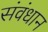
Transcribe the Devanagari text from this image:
संवंधान